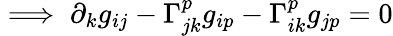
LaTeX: \implies\partial_{k}g_{ij}-\Gamma_{jk}^{p}g_{ip}-\Gamma_{ik}^{p}g_{jp}=0